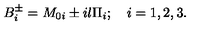
B _ { i } ^ { \pm } = M _ { 0 i } \pm i l \Pi _ { i } ; \quad i = 1 , 2 , 3 .